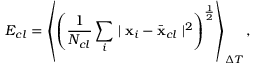
E _ { c l } = \left< \left( \frac { 1 } { N _ { c l } } \sum _ { i } \mid \mathbf { x } _ { i } - \bar { \mathbf { x } } _ { c l } \mid ^ { 2 } \right) ^ { \frac { 1 } { 2 } } \right> _ { \Delta T } ,